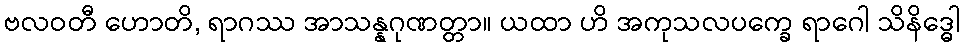
ဗလဝတီ ဟောတိ, ရာဂဿ အာသန္နဂုဏတ္တာ။ ယထာ ဟိ အကုသလပက္ခေ ရာဂေါ သိနိဒ္ဓေါ